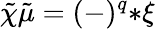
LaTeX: \tilde{\chi}\tilde{\mu}=(-)^{q}{*\xi}